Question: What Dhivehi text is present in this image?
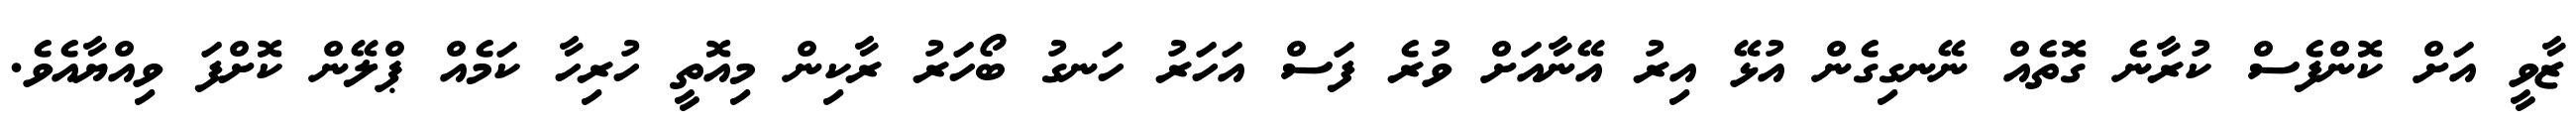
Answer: ޒާވީ އަށް ކޮންފެސް ކުރާނެ ގޮތެއް ނޭނގިގެން އުޅޭ އިރު އޭނާއަށް ވުރެ ފަސް އަހަރު ހަނގު ބޯހަރު ރާކިން މިއޮތީ ހުރިހާ ކަމެއް ޕްލޭން ކޮށްފަ ވިއްޔާއެވެ.